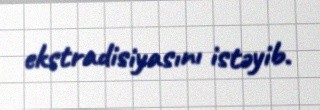
ekstradisiyasını istəyib.